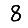
Digit: 8